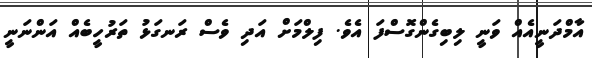
އާމްދަނީއެއް ވަނީ ލިބިގެންގޮސްފަ އެވެ. ފިލްމަށް އަދި ވެސް ރަނގަޅު ތަރުހީބެއް އަންނަނީ